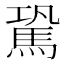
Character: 𩢽